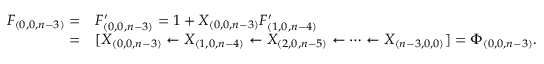
\begin{array} { r l } { F _ { ( 0 , 0 , n - 3 ) } = } & { F _ { ( 0 , 0 , n - 3 ) } ^ { \prime } = 1 + X _ { ( 0 , 0 , n - 3 ) } F _ { ( 1 , 0 , n - 4 ) } ^ { \prime } } \\ { = } & { [ X _ { ( 0 , 0 , n - 3 ) } \leftarrow X _ { ( 1 , 0 , n - 4 ) } \leftarrow X _ { ( 2 , 0 , n - 5 ) } \leftarrow \cdots \leftarrow X _ { ( n - 3 , 0 , 0 ) } ] = \Phi _ { ( 0 , 0 , n - 3 ) } . } \end{array}